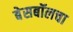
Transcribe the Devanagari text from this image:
बेसबॉलचा